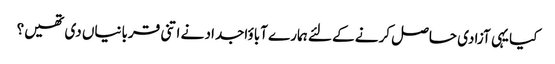
کیا یہی آزادی حاصل کرنے کے لئے ہمارے آباؤاجداد نے اتنی قربانیاں دی تھیں؟